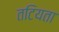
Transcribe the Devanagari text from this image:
तटियता